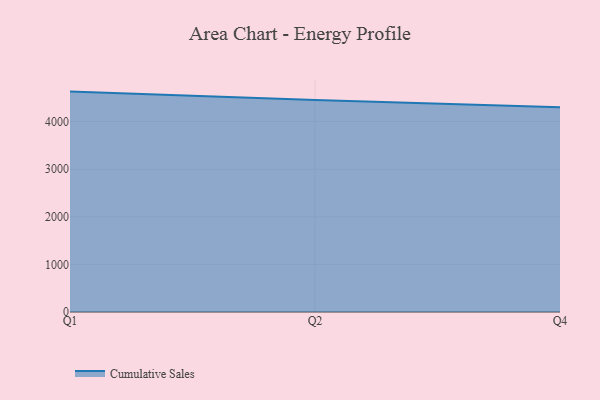
{"axis": {"x": "Quarter", "y": "Temperature (°C)"}, "legend": ["Cumulative Sales"], "data": [{"x": "Q1", "y": 4629.5, "type": "Cumulative Sales"}, {"x": "Q2", "y": 4455.0, "type": "Cumulative Sales"}, {"x": "Q4", "y": 4302.5, "type": "Cumulative Sales"}]}